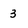
Character: 3